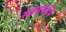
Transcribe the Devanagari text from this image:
स्कंदस्तंभि